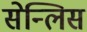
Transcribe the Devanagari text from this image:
सेन्लिस